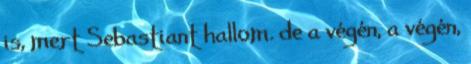
is, mert Sebastiant hallom. de a végén, a végén,